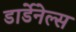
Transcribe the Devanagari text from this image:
डार्डेनेल्स